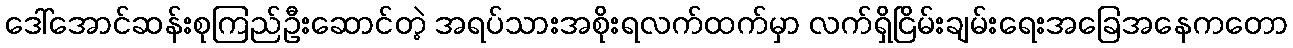
ဒေါ်အောင်ဆန်းစုကြည်ဦးဆောင်တဲ့ အရပ်သားအစိုးရလက်ထက်မှာ လက်ရှိငြိမ်းချမ်းရေးအခြေအနေကတော